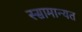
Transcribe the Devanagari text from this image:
स्सामान्यत